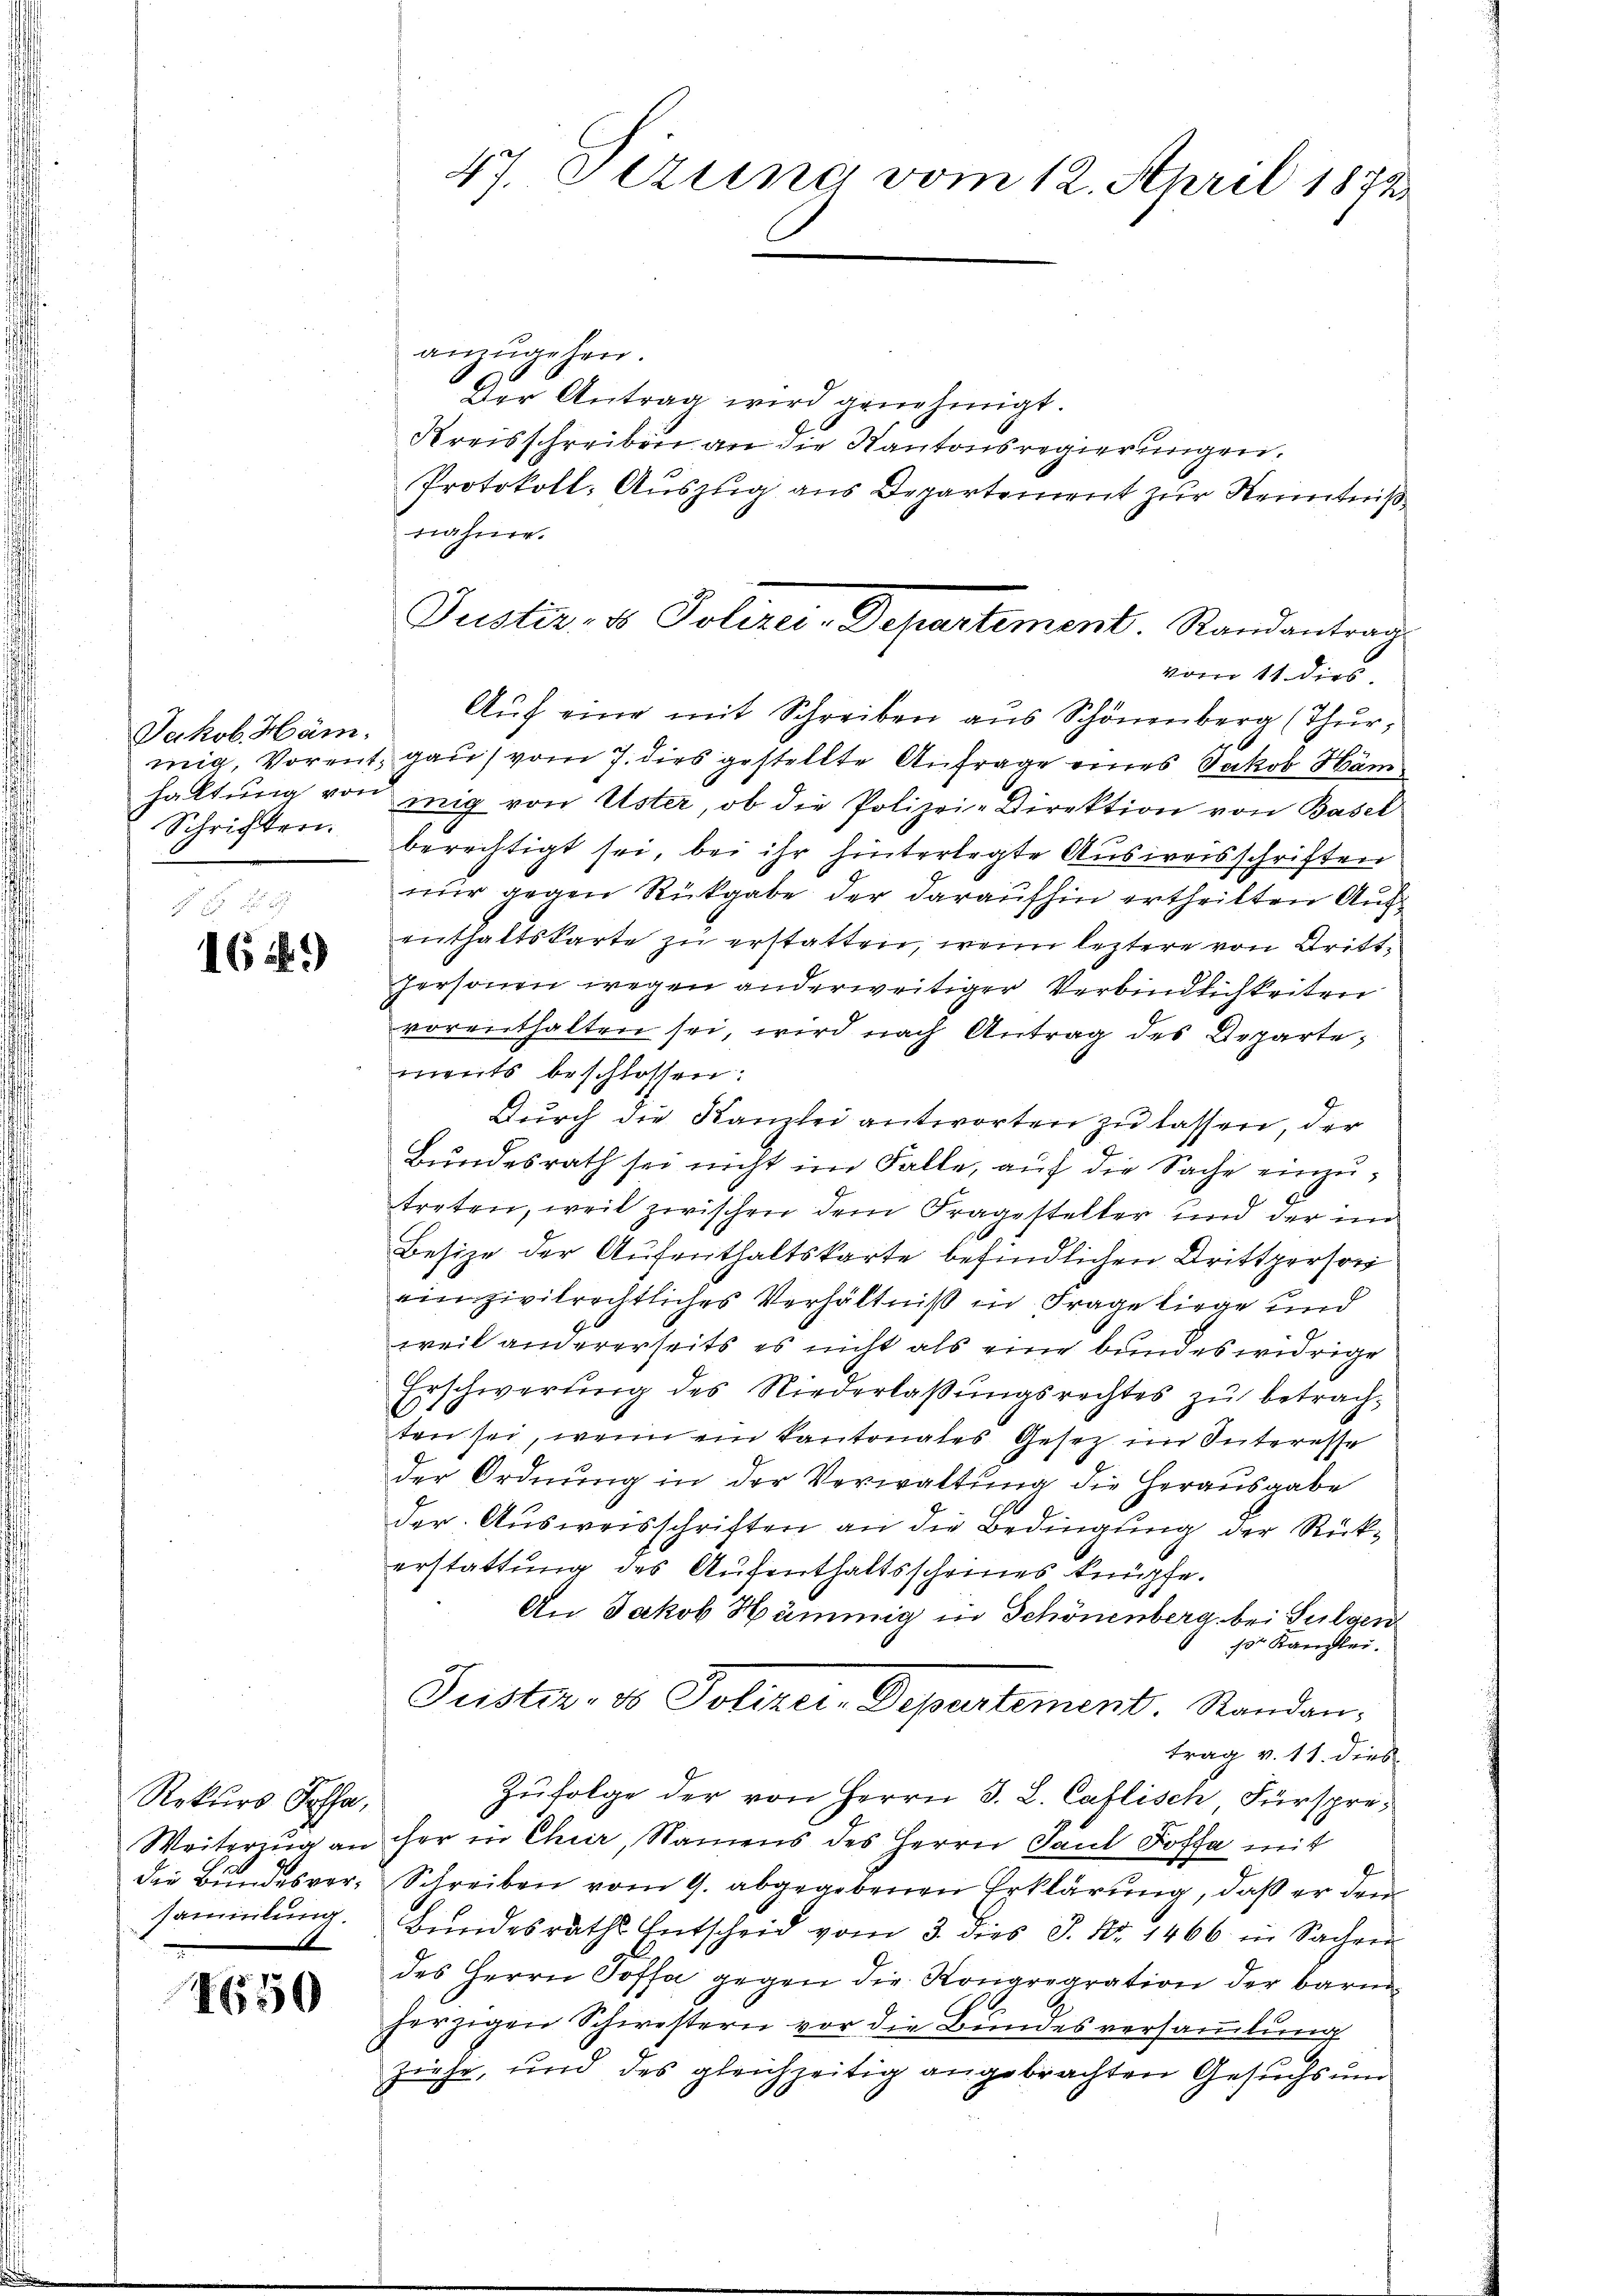
Jakob Häm
Schriften.

16 f.)

Rekurs Joha

1650

anzugehen.
Der Antrag wird genehmigt.
Kreisschreiben an die Kantonsregierungen.
Protokoll: Auszug aus Departement zur Kenntniß
nähner.
vom 11. dies
Aŭf eine mit Schreiben aus Schönenberg (Thur;
mig, Vorent, gau vom 7. dies gestellte Anfrage eines Jakob Häm
haltŭng von mig von Uster, ob die Polizei-Direktion von Basel
berechtigt sei, bei ihr hinterlegte Ausweisschriften
nur gegen Rückgabe der daraufhin ertheilten Aufenthaltskarte zu erstatten, wenn leztere von Drittpersonen wegen anderweitiger Verbindlichkeiten
vorenthalten sei, wird nach Antrag des Departe,
ments beschlossen:
Durch die Kanzlei antworten zu lassen, der
Bundesrath sei nicht im Falle, auf die Sache einzutreten, weil zwischen dem Fragesteller und der im
Besize der Aufenthaltskarte befindlichen Drittperson
vinzivilrechtliches Verhältniß in Frage liege und
weil andererseits es nicht als eine bundes widrige
Erschwerung des Niederlaßungsrechtes zu betrachten sei, wenn ein Kantonales Gesetz im Interesse
der Ordnung in der Verwaltung die Herausgabe
2
der Ausweisschriften an die Bedingung der Rückerstattung des Aufenthaltsscheines knüpfe.
An Jakob Hämmig in Schönenberg bei Sulgen
15r Kanzlei.
Justiz- & Polizei-Departement. Standantrag v. 11. dies
Zŭfolge der von Herrn J. L. Caflisch Fürspre¬
Weiterzŭg an her in Chur, Namens des Herrn Paul Soffa mit
die Bŭndesver- Schreiben vom 9. abgegebenen Erklärung, daß er den
sammlung. Bundesraths Entscheid vom 3. dies J. Nr. 1466 in Sachen
des Herrn Poffa gegen die Kongregration der barm
herzigen Schwestern vor die Bundesversammlung
ziehe, und des gleichzeitig angebrachten Gesuchs um

47. Sezung vom 12. April 1872

Justiz- & Polizer-Departement. Randantrag